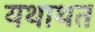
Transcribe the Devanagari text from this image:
यथाथत